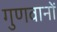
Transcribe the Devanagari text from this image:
गुणवानों